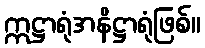
ဣဋ္ဌာရုံအနိဋ္ဌာရုံဖြစ်။